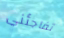
تفاجئني